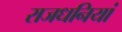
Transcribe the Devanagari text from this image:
राजधनियां